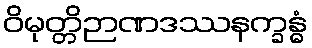
ဝိမုတ္တိဉာဏဒဿနက္ခန္ဓံ